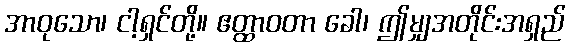
အာဝုသော၊ ငါ့ရှင်တို့။ ဧတ္ထာဝတာ ခေါ၊ ဤမျှအတိုင်းအရှည်